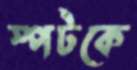
স্পটকে